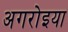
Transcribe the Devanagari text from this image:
अगरोइया